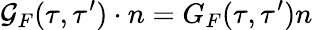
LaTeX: {\cal G}_{F}(\tau,\tau^{\prime})\cdot n=G_{F}(\tau,\tau^{\prime})n